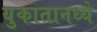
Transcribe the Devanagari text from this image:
युकातानध्ये